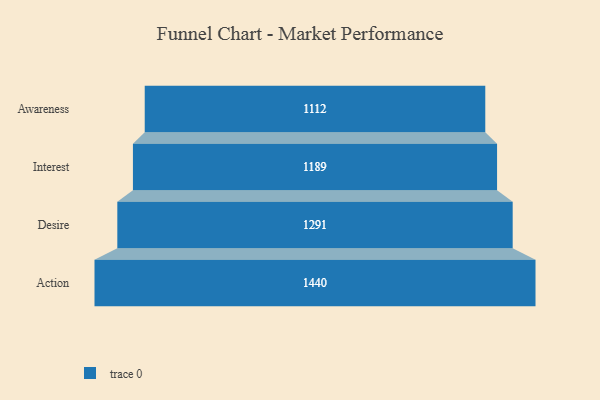
{"axis": {"x": "Stage", "y": "Value"}, "legend": [""], "data": [{"x": "Awareness", "y": 1112.0, "type": ""}, {"x": "Interest", "y": 1189.0, "type": ""}, {"x": "Desire", "y": 1291.0, "type": ""}, {"x": "Action", "y": 1440.0, "type": ""}]}